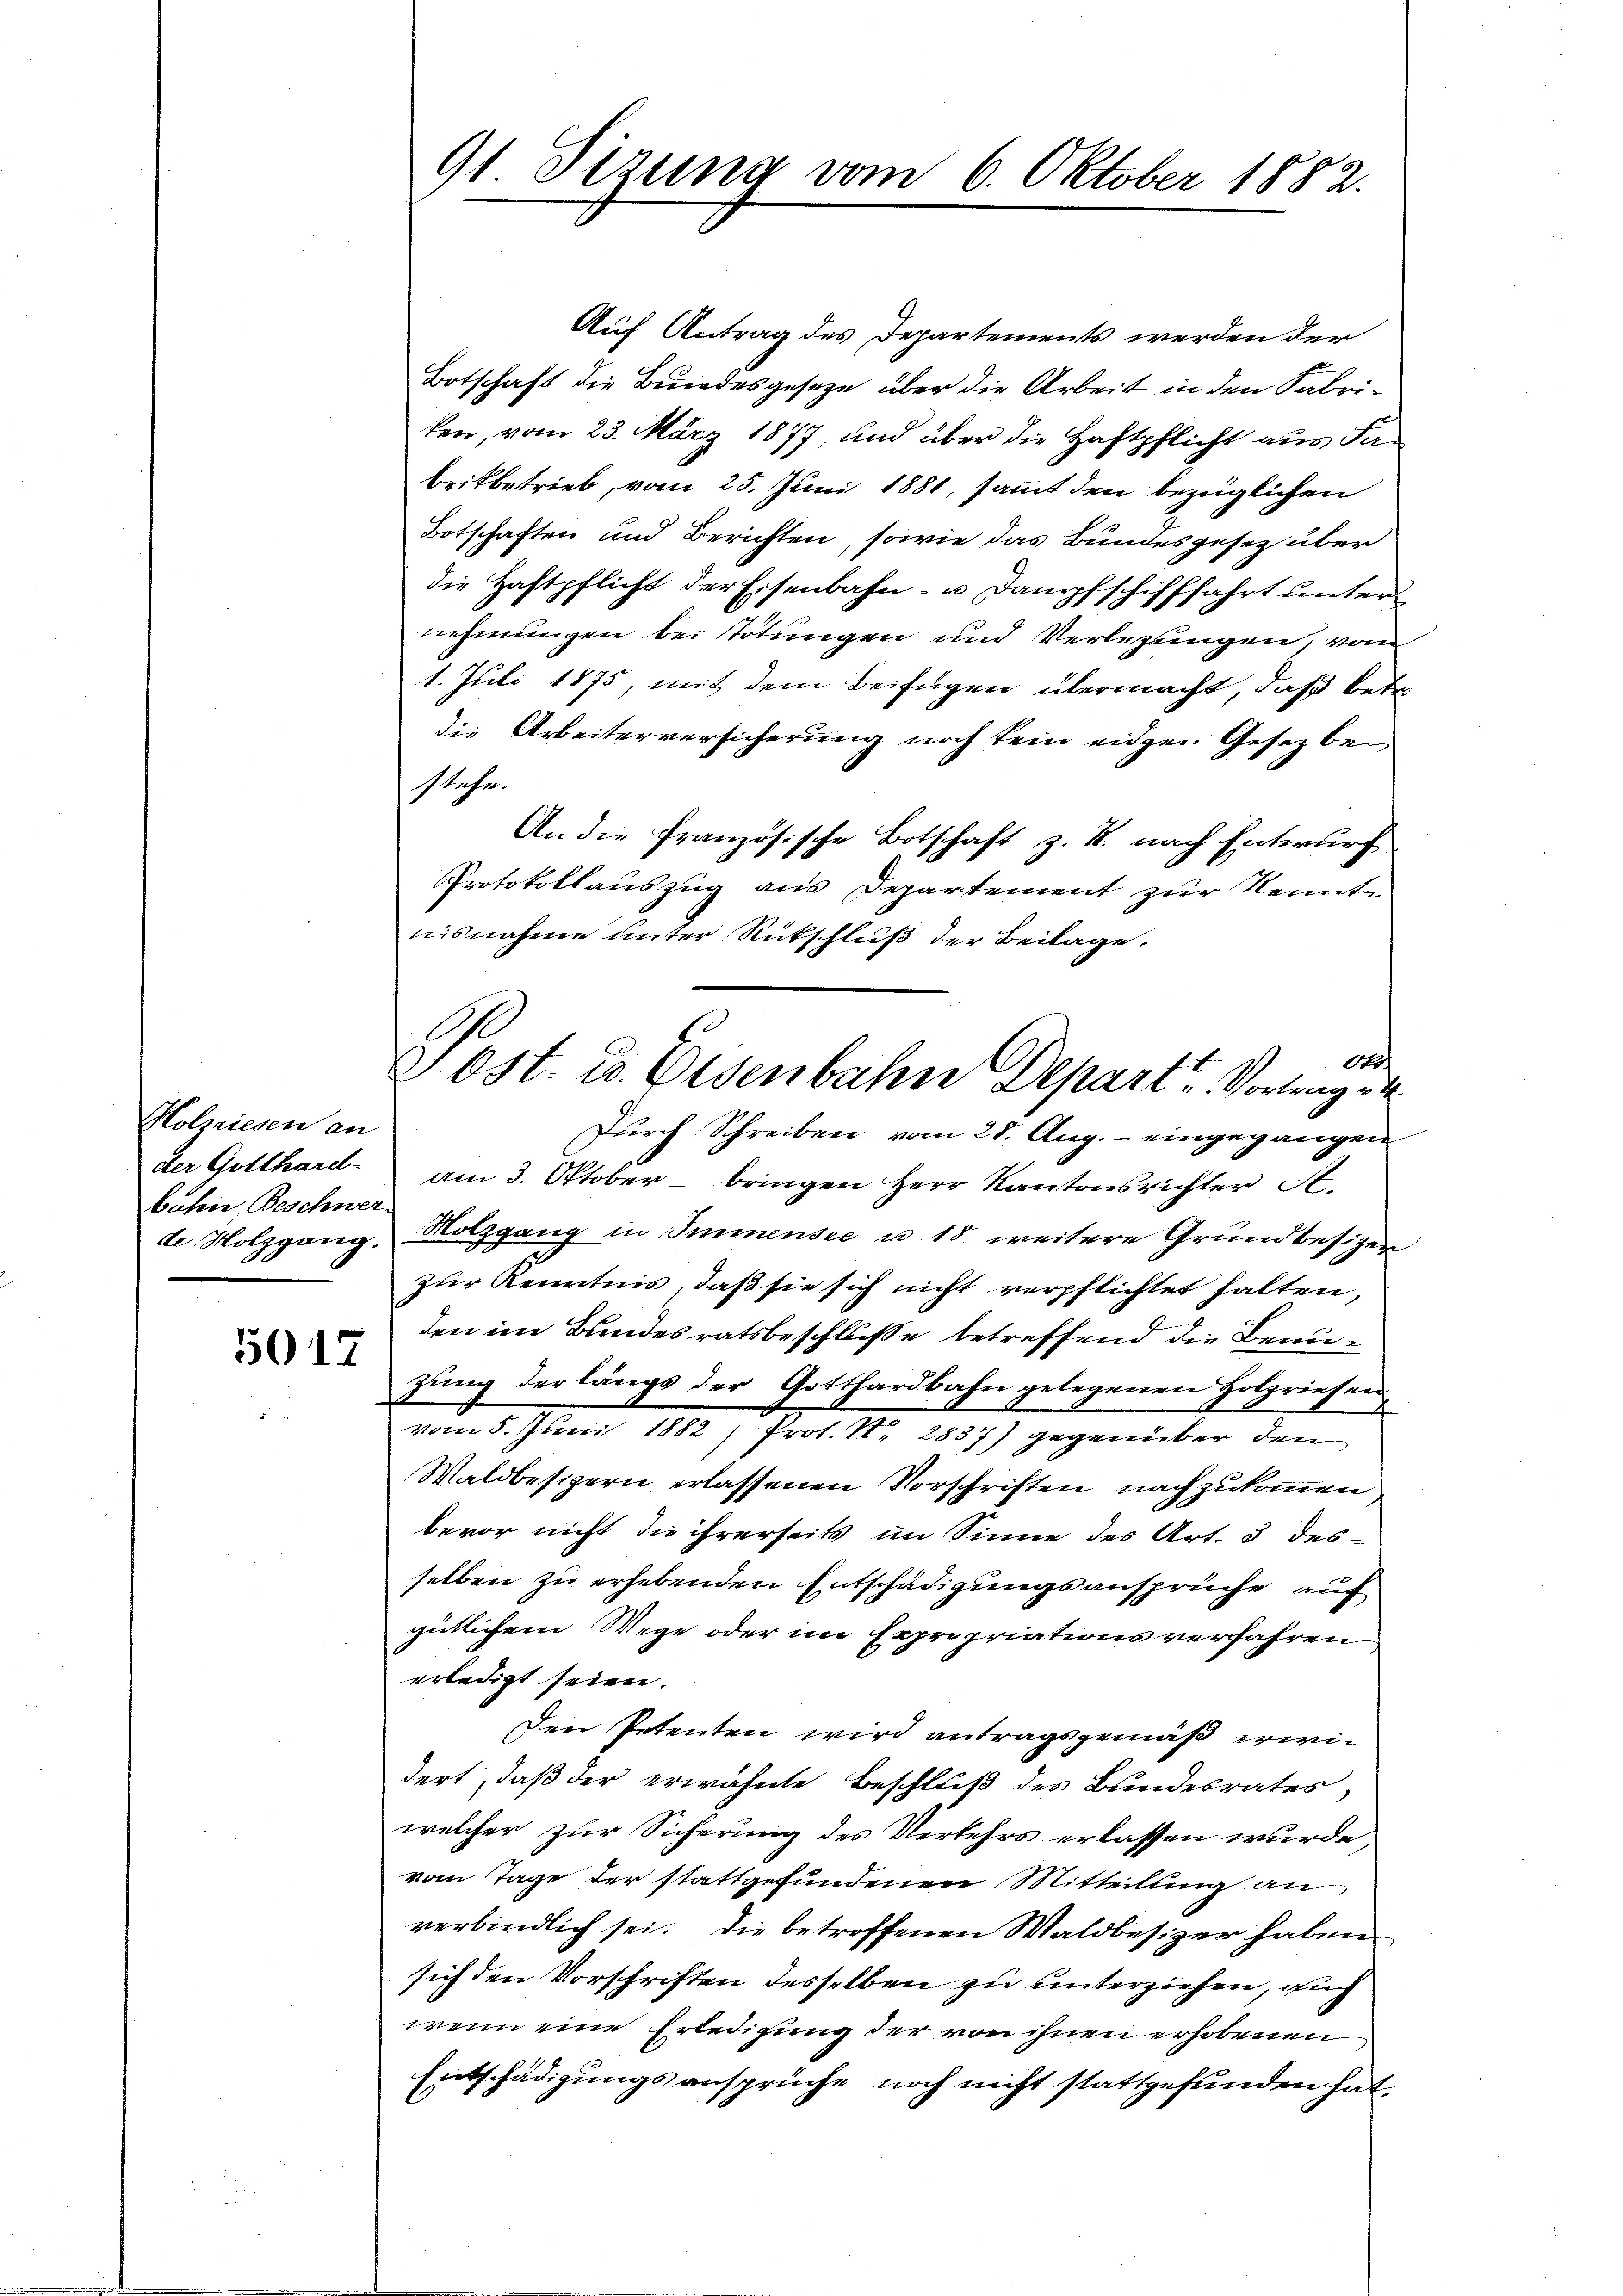
Holzriesen an
der Gotthard-
bahn, Beschwer
de Holzgang.

5012

91 Tizung vom 6. Oktober 1882.

V. Ost- u. Osenbahne Depart. Vortrag

Auf Antrag des Departements werden der
Botschaft die Bundesgesetze über die Arbeit in den Fabriken, vom 23. März 1877, und über die Haftpflicht aus Sabritbetrieb, vom 25. Juni 1881, sammt den bezüglichen
Botschaften und Berichten, sowie das Bundesgesez über
die Haftpflicht der Eisenbahn- u Dampfschifffahrt unter
nehmungen bei Tötungen und Verlegungen, von
1. Juli 1875, mit dem Beifügen übermacht, daß betr
die Arbeiterversicherung noch kein eidgen. Gesez bei
stehe.
An die französische Botschaft z. B. nach Entwurf
Protokollauszug aus Departement zur Kennte
nisnahme unter Rückschluß der Beilage.
A
Durch Schreiben vom 28. Aug. - eingegangen
am 3. Oktober – bringen Herr Kantonsrichter St.
Nolzgang in Immensee u 18. weitere Grundbesizer
zur Kenntnis, daß sie sich nicht verpflichtet halten,
den im Bundesratsbeschluße betreffend die Benuzung der längs der Gotthardbahn gelegenen Holzriesan
vom 8. Juni 1882 f. Prof. N. 2) gegenüber den
Waldbesizern erlassenen Vorschriften nachzukommen
bevor nicht die ihrerseits im Sinne des Art. 3 desselben zu erhebenden Entschädigungsansprüche auf
gütlichem Wege oder im Expropriationsverfahren
erledigt seien.
Den Petenten wird antragsgemäß weidert, daß der erwähnte Beschluß des Bundesrates,
welcher zur Sicherung des Verkehrs erlassen wurde
vom Tage der stattgefundenen Mitteilung an
verbindlich sei. Die betroffenen Waldbesizer haben
sich den Vorschriften desselben zu unterziehen, auch
wenn eine Erledigung der von ihnen erhobenen
Entschädigungsansprüche noch nicht stattgefunden hat.